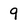
Character: 9